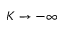
K \rightarrow - \infty